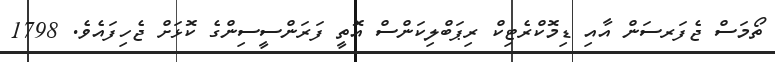
ތޯމަސް ޖެފަރސަން އާއި ޑިމޮކްރެޓިކް ރިޕަބްލިކަންސް އޮތީ ފަރަންސީސިންގެ ކޮޅަށް ޖެހިފައެވެ. 1798